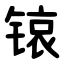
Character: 锿